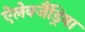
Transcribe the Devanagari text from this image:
ऐलेक्जैंड्रिया